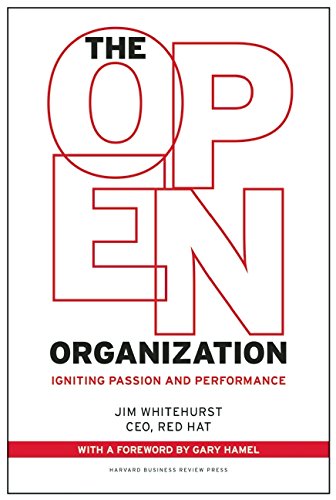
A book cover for The Open Organization: Igniting Passion and Performance; Jim Whitehurst; Business & Money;